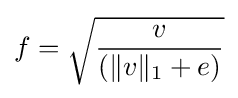
f={\sqrt {v \over (\|v\|_{1}+e)}}